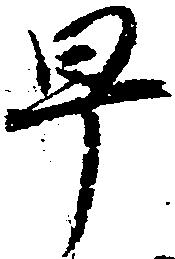
早